Civil Veterinary Dept. North-West Frontier Province 1933-46 - 1933-1946
Year: 1933
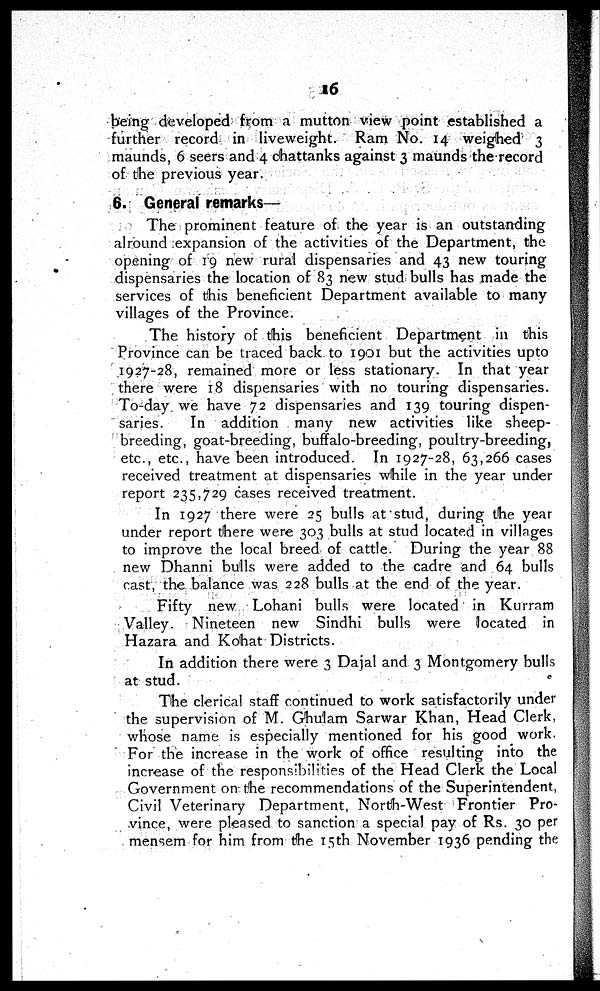
16
being developed from a mutton view point established a
further record in liveweight. Ram No. 14 weighed 3
maunds, 6 seers and 4 chattanks against 3 maunds the record
of the previous year.
6. General remarks—
The prominent feature of the year is an outstanding
alround expansion of the activities of the Department, the
opening of 19 new rural dispensaries and 43 new touring
dispensaries the location of 83 new stud bulls has made the
services of this beneficient Department available to many
villages of the Province.
The history of this beneficient Department in this
Province can be traced back to 1901 but the activities upto
1927-28, remained more or less stationary. In that year
there were 18 dispensaries with no touring dispensaries.
To-day we have 72 dispensaries and 139 touring dispen-
saries.
In addition many new activities like sheep-
breeding, goat-breeding, buffalo-breeding, poultry-breeding,
etc., etc., have been introduced. In 1927-28, 63,266 cases
received treatment at dispensaries while in the year under
report 235,729 cases received treatment.
In 1927 there were 25 bulls at stud, during the year
under report there were 303 bulls at stud located in villages
to improve the local breed of cattle. During the year 88
new Dhanni bulls were added to the cadre and 64 bulls
cast, the balance was 228 bulls at the end of the year.
Fifty new Lohani bulls were located in Kurram
Valley. Nineteen new Sindhi bulls were located in
Hazara and Kohat Districts.
In addition there were 3 Dajal and 3 Montgomery bulls
at stud.
The clerical staff continued to work satisfactorily under
the supervision of M. Ghulam Sarwar Khan, Head Clerk,
whose name is especially mentioned for his good work.
For the increase in the work of office resulting into the
increase of the responsibilities of the Head Clerk the Local
Government on the recommendations of the Superintendent,
Civil Veterinary Department, North-West Frontier Pro-
vince, were pleased to sanction a special pay of Rs. 30 per
mensem for him from the 15th November 1936 pending the